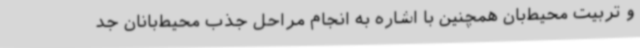
و تربیت محیط‌بان همچنین با اشاره به انجام مراحل جذب محیط‌بانان جد